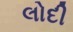
લોદી